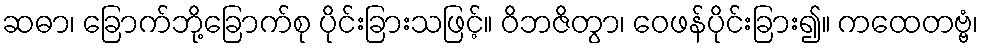
ဆဓာ၊ ခြောက်ဘို့ခြောက်စု ပိုင်းခြားသဖြင့်။ ဝိဘဇိတွာ၊ ဝေဖန်ပိုင်းခြား၍။ ကထေတဗ္ဗံ၊